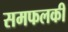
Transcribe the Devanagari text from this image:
समफलकी